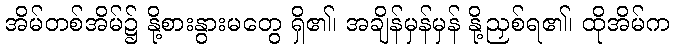
အိမ်တစ်အိမ်၌ နို့စားနွားမတွေ ရှိ၏၊ အချိန်မှန်မှန် နို့ညှစ်ရ၏၊ ထိုအိမ်က